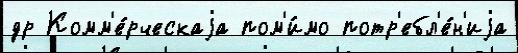
др Комм'е́рческаjа пом'и́мо потр'ебл'е́н'иjа